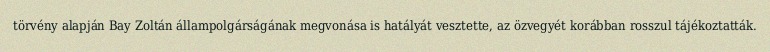
törvény alapján Bay Zoltán állampolgárságának megvonása is hatályát vesztette, az özvegyét korábban rosszul tájékoztatták.